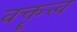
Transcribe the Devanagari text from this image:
वक्तॄत्त्व